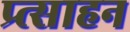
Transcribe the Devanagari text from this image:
प्र्त्साहन